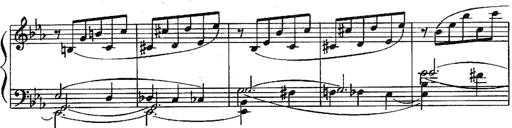
Title: Sonatina in G minor for piano
Composer: Nikolay Medtner
Key: G minor